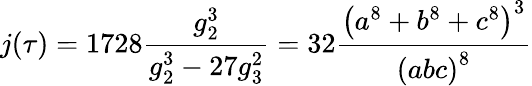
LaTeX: j(\tau)=1728{\frac{g_{2}^{3}}{g_{2}^{3}-27g_{3}^{2}}}=32{\frac{\left(a^{8}+b^{8}+c^{8}\right)^{3}}{\left(abc\right)^{8}}}